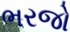
ભરજો